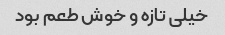
خیلی تازه و خوش طعم بود